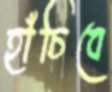
হাঁচিবে